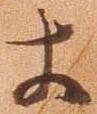
等